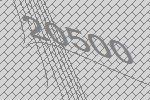
20500